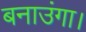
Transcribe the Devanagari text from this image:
बनाउंगा।